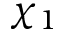
\chi _ { 1 }